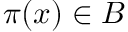
\pi ( x ) \in B